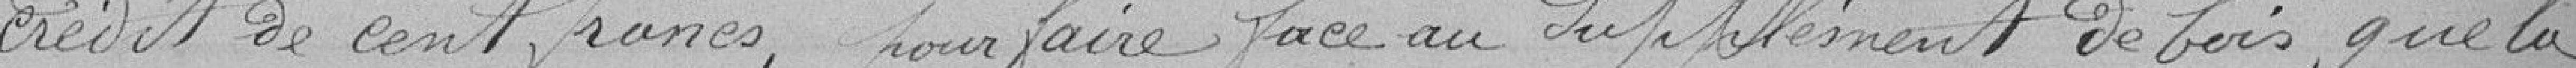
crédit de cent francs, pour faire face au supplément de bois que la